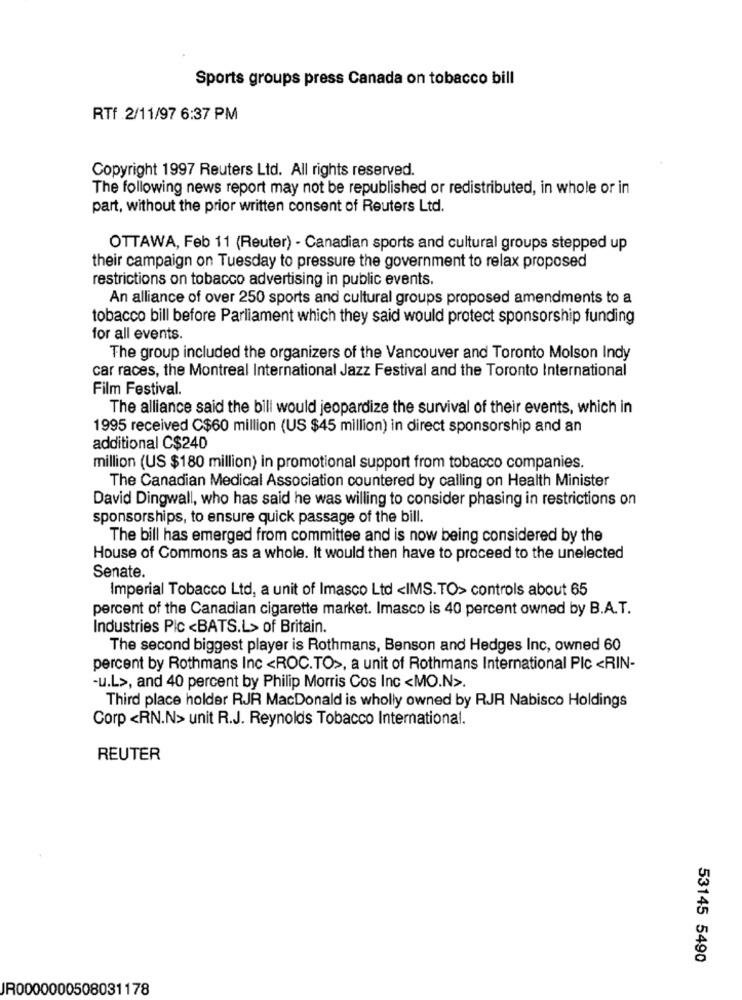
Sports groups press Canada on tobacco bill
RTf 2/11/97 6:37 PM
Copyright 1997 Reuters Ltd. All rights reserved.
The following news report may not be republished or redistributed, in whole or in
part, without the prior written consent of Reuters Ltd.
OTTAWA, Feb 11 (Reuter) - Canadian sports and cultural groups stepped up
their campaign on Tuesday to pressure the government to relax proposed
restrictions on tobacco advertising in public events.
An alliance of over 250 sports and cultural groups proposed amendments to a
tobacco bill before Parliament which they said would protect sponsorship funding
for all events.
The group included the organizers of the Vancouver and Toronto Molson Indy
car races, the Montreal International Jazz Festival and the Toronto International
Film Festival.
The alliance said the bill would jeopardize the survival of their events, which in
1995 received C$60 million (US $45 million) in direct sponsorship and an
additional C$240
million (US $180 million) in promotional support from tobacco companies.
The Canadian Medical Association countered by calling on Health Minister
David Dingwall, who has said he was willing to consider phasing in restrictions on
sponsorships, to ensure quick passage of the bill.
The bill has emerged from committee and is now being considered by the
House of Commons as a whole. It would then have to proceed to the unelected
Senate.
Imperial Tobacco Ltd, a unit of Imasco Ltd <IMS. TO> controls about 65
percent of the Canadian cigarette market. Imasco is 40 percent owned by B.A.T.
Industries Pic <BATS.L> of Britain.
The second biggest player is Rothmans, Benson and Hedges Inc, owned 60
percent by Rothmans Inc <ROC.TO>, a unit of Rothmans International Plc <RIN-
-u.L>, and 40 percent by Philip Morris Cos Inc <MO.N>.
Third place holder RJR MacDonald is wholly owned by RJR Nabisco Holdings
Corp <RN.N> unit R.J. Reynolds Tobacco International.
REUTER
53145 5490
JR0000000508031178